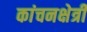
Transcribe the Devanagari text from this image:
कांचनक्षेत्री